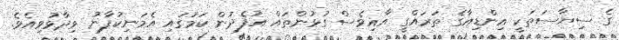
ގެ ސިޔާސަތަކީ އިންޑިއާގެ ތަރައްގީ އާއިވެސް ގުޅުންތައް އުފެދުން ކަމުގައި އެމަނިކުފާނު ވިދާޅުވިއެވެ.